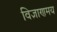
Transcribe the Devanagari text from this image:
विज्ञाणमय